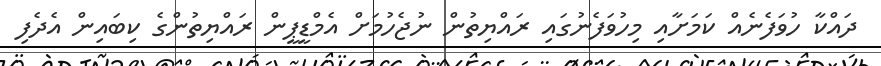
ދައްކާ ހުވަފެނެއް ކަމަށާއި މިހުވަފެނުގައި ރައްޔިތުން ނުޖެހުމަށް އެމްޑީޕީން ރައްޔިތުންގެ ކިބައިން އެދެފި